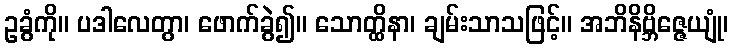
ဥခွံကို။ ပဒါလေတွာ၊ ဖောက်ခွဲ၍။ သောတ္ထိနာ၊ ချမ်းသာသဖြင့်။ အဘိနိဗ္ဘိဇ္ဇေယျုံ၊